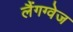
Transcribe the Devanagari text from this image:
लैंगग्वेज